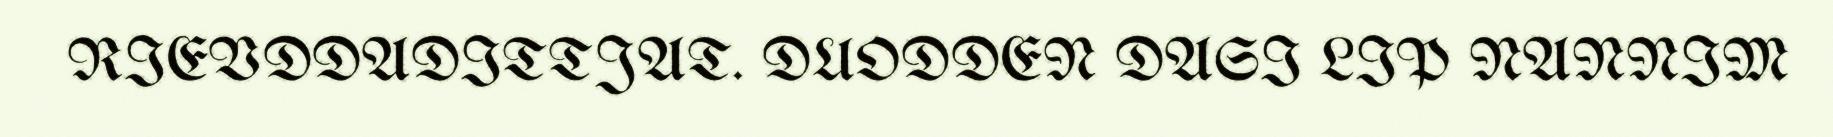
RIEVDDADITTJAT. DUODDEN DASI LIP NANNIM